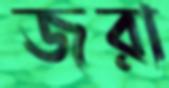
জরা